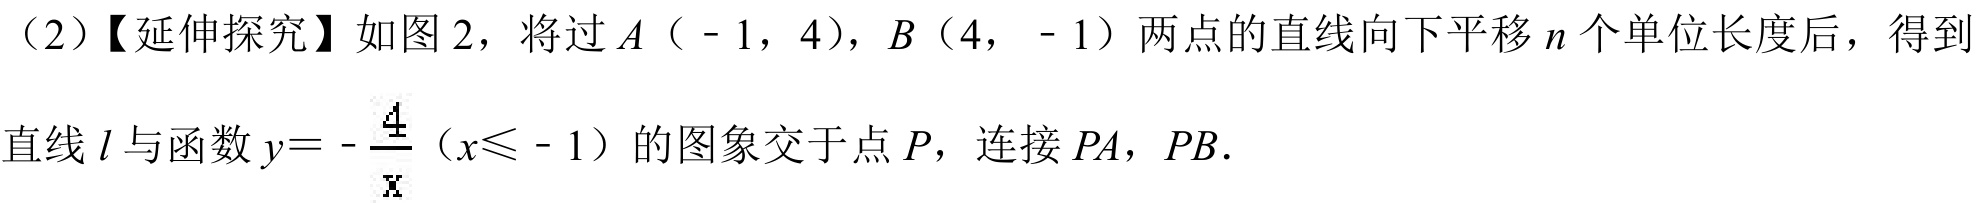
(2)【延伸探究】如图2，将过\(A(-1,4)\)，\(B(4,-1)\)两点的直线向下平移\(n\)个单位长度后，得到直线\(l\)与函数\(y = -\frac{4}{x}(x\leqslant - 1)\)的图象交于点\(P\)，连接\(PA\)，\(PB\)．